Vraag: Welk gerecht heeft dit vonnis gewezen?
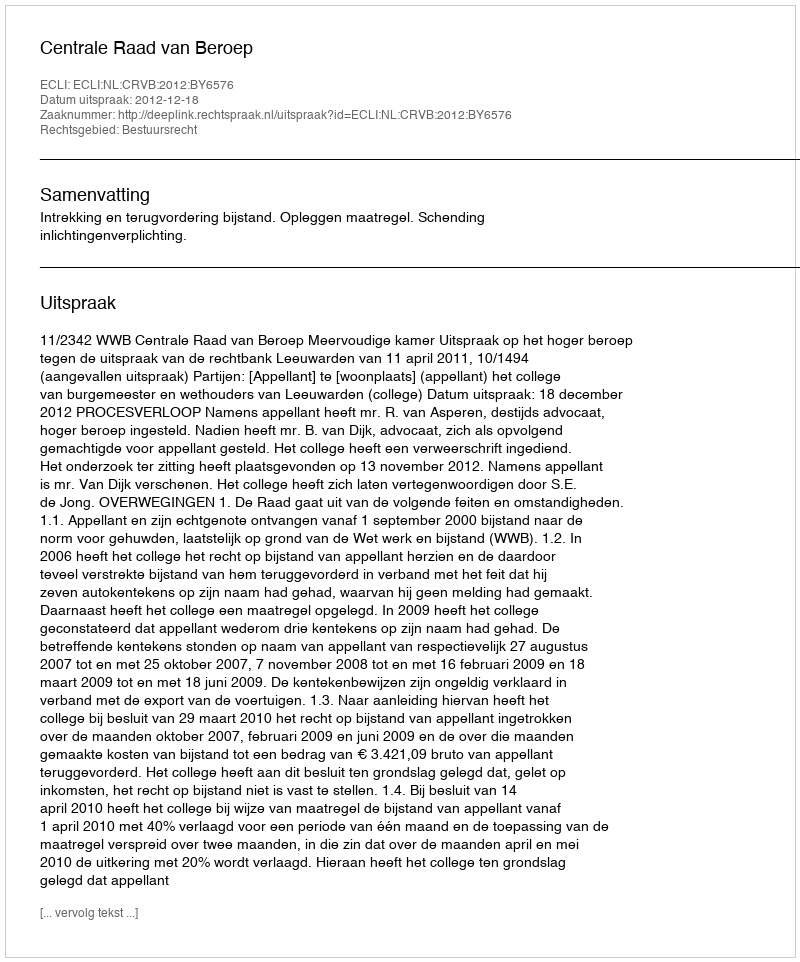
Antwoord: Centrale Raad van Beroep